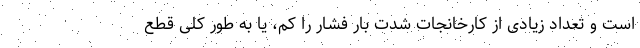
است و تعداد زیادی از کارخانجات شدت بار فشار را کم، یا به طور کلی قطع